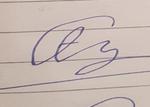
Signature authenticity: forged